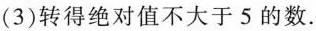
(3)转得绝对值不大于5的数.